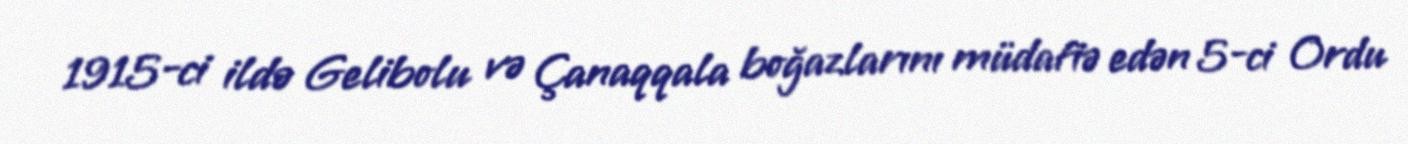
1915-ci ildə Gelibolu və Çanaqqala boğazlarını müdafiə edən 5-ci Ordu